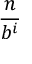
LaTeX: \frac { n } { b ^ { i } }